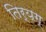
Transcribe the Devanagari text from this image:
तिर्यग्